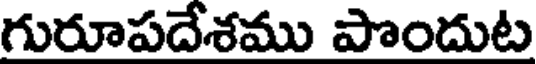
గురూపదేశము పొందుట